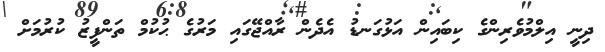
ދިނީ އިލްމުވެރިންގެ ކިބައިން އަޅުގަނޑު އެދެން ރާއްޖޭގައި މަރުގެ ޙުކުމް ތަންފީޒު ކުރުމަށް